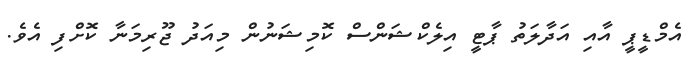
އެމްޑީޕީ އާއި އަދާލަތު ޕާޓީ އިލެކްޝަންސް ކޮމިޝަނުން މިއަދު ޖޫރިމަނާ ކޮށްފި އެވެ.